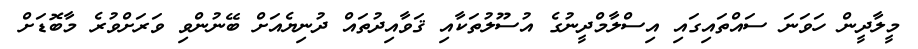
މީލާދީން ހަވަނަ ސައްތައިގައި އިސްލާމްދީނުގެ އުސޫލުތަކާއި ޤަވާއިދުތައް ދުނިޔެއަށް ބޭނުންވި ވަރަށްވުރެ މާބޮޑަށް